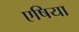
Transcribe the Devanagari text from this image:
एषिया